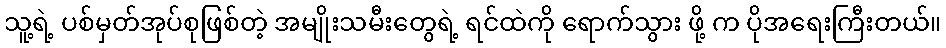
သူ့ရဲ့ ပစ်မှတ်အုပ်စုဖြစ်တဲ့ အမျိုးသမီးတွေရဲ့ ရင်ထဲကို ရောက်သွား ဖို့ က ပိုအရေးကြီးတယ်။